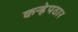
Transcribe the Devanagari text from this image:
कऱ्हेपठार